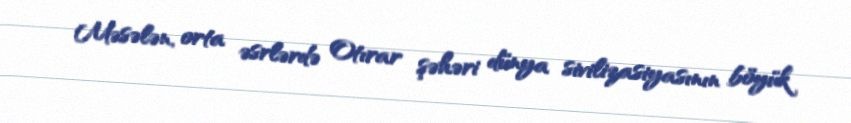
Məsələn, orta əsrlərdə Otırar şəhəri dünya sivilizasiyasının böyük